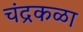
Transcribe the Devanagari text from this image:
चंद्रकळा